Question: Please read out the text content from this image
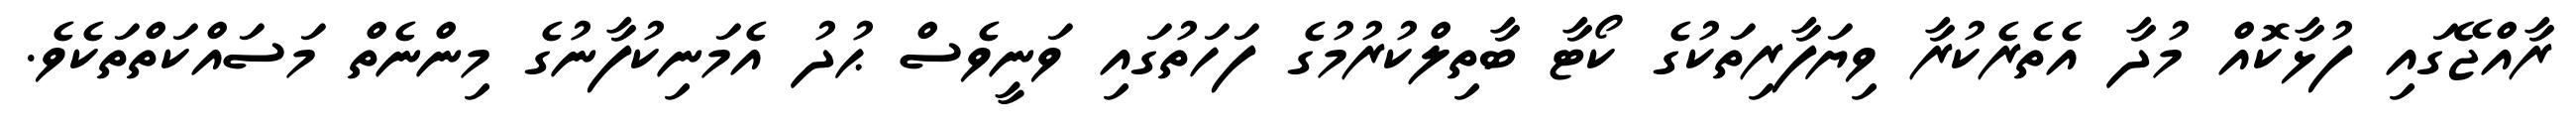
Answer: ރާއްޖޭގައި ފުޅާކޮއް މުދާ އެތެރެކުރާ ވިޔަފާރިތަކުގެ ކޯޓާ ބާތިލްކުރުމުގެ ފަހަތުގައި ވަނީވެސް ޙުދު އެމަނިކުފާނުގެ މިންނެތް މަސައްކަތްތަކެވެ.